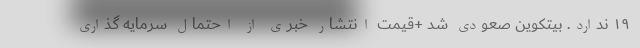
۱۹ ندارد. بیتکوین صعودی شد +قیمت انتشار خبری از احتمال سرمایه گذاری